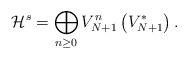
LaTeX: \begin{align*}\mathcal{H}^s=\bigoplus_{n\geq 0}V_{N+1}^n\left(V_{N+1}^*\right).\end{align*}